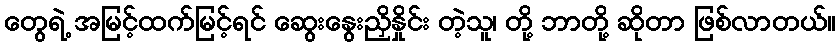
တွေရဲ့ အမြင့်ထက်မြင့်ရင် ဆွေးနွေးညှိနှိုင်း တဲ့သူ၊ တို့ ဘာတို့ ဆိုတာ ဖြစ်လာတယ်။